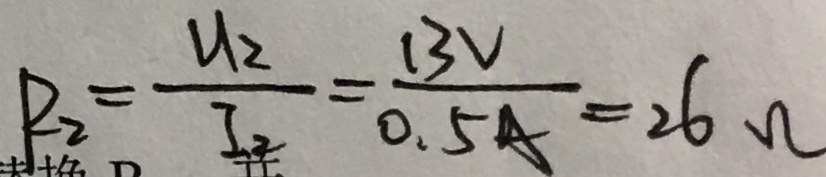
R _ { 2 } = \frac { u _ { 2 } } { I _ { 2 } } = \frac { 1 3 V } { 0 . 5 A } = 2 6 \Omega